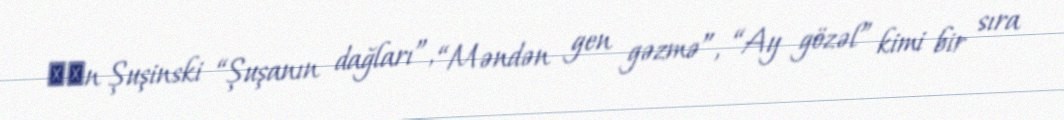
Хаn Şuşinski “Şuşanın dağları”, “Məndən gen gəzmə”, “Ay gözəl” kimi bir sıra